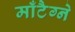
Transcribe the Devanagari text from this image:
माँटैग्ने